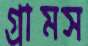
গ্রামস